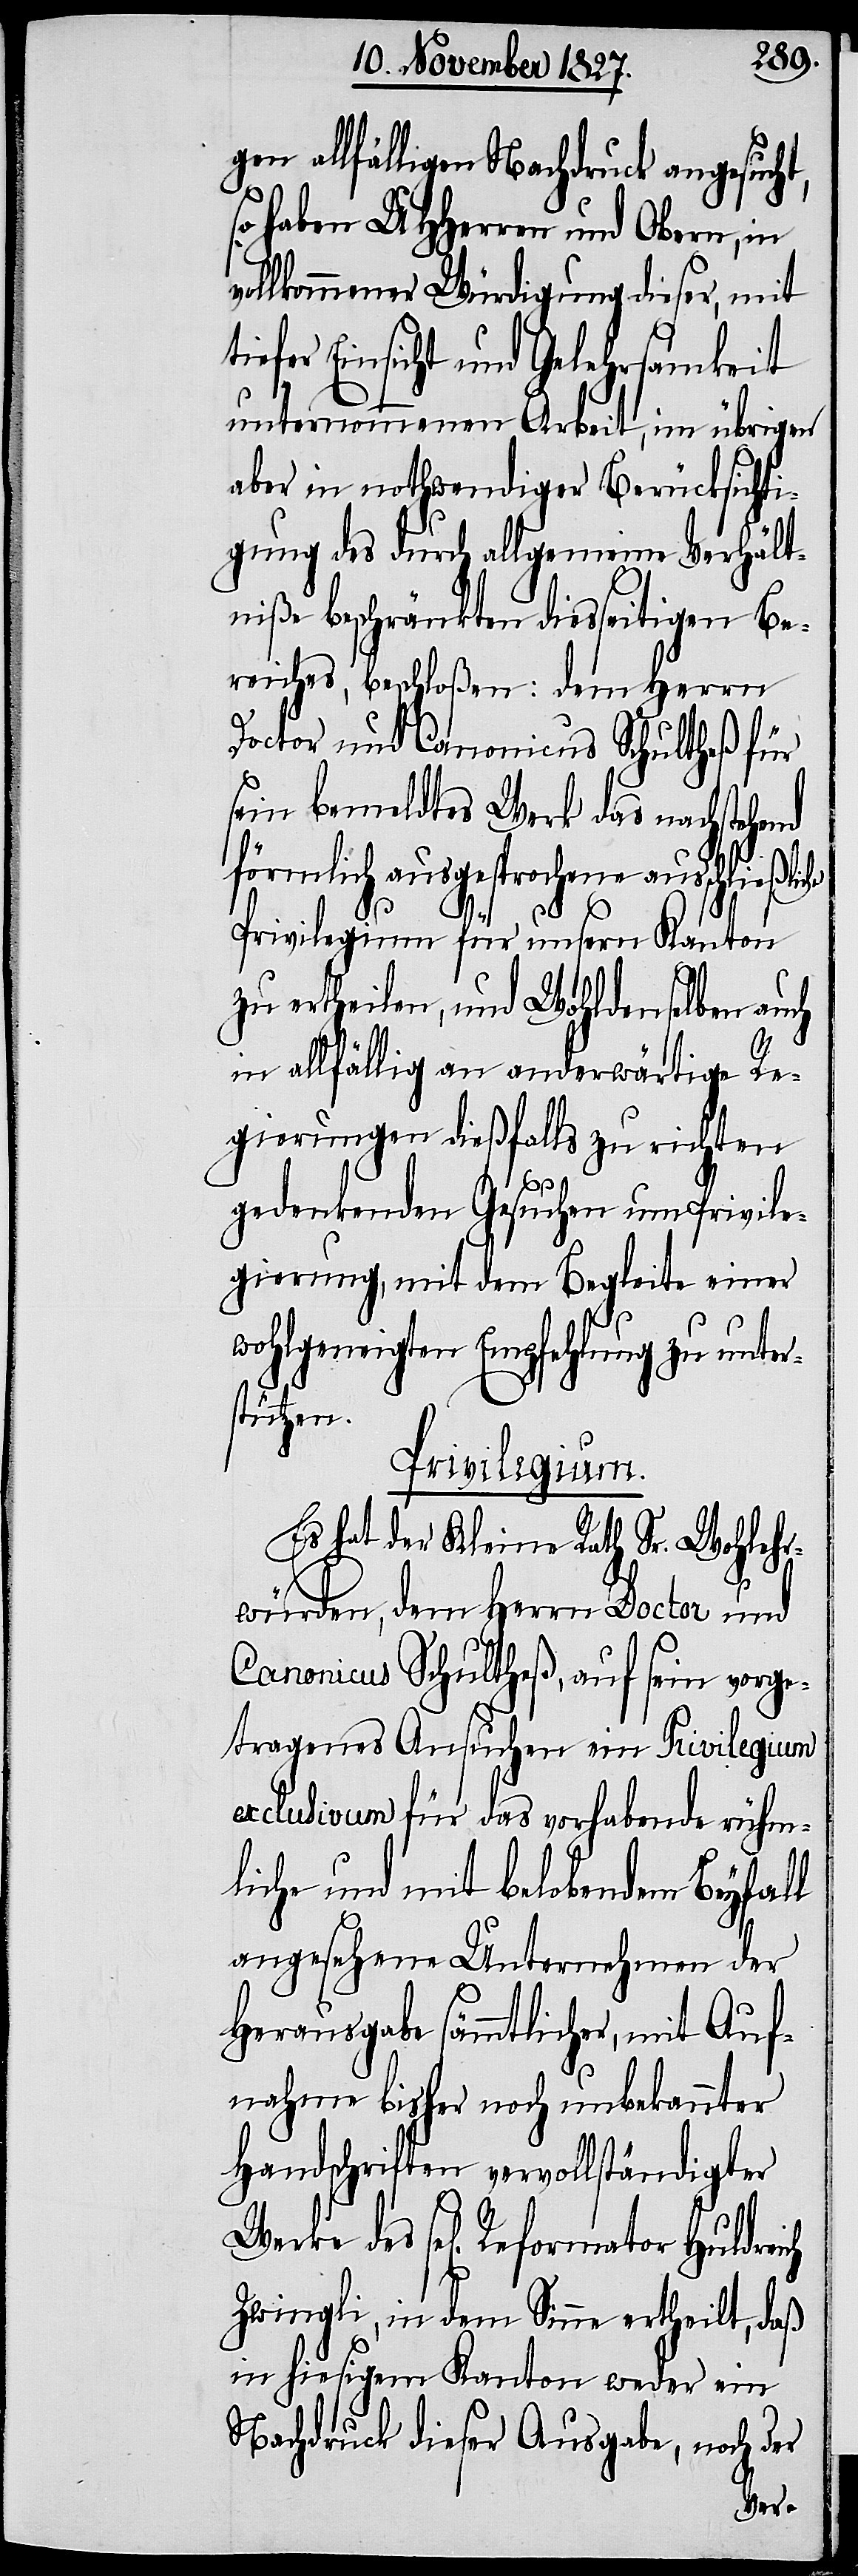
gen allfälligen Nachdruck angesucht,
so haben UHHerren und Obern, in
vollkommener Würdigung dieser, mit
iefer Einsicht und Gelehrsamkeit
unternommenen Arbeit, im übrigen
aber in nothwendiger Berücksichti¬
gung des durch allgemeine Verhält¬
niße beschränkten diesseitigen Be¬
reiches, beschloßen: dem Herrn
Doctor und Canonicus Schultheß für
sein bemeldtes Werk das nachstehend
förmlich ausgesprochene ausschließli¬
che
Privilegium für unsern Kanton
zu ertheilen, und Wohldenselben auch
in allfällig an anderwärtige Re¬
gierungen dießfalls zu richten
gedenkenden Gesuchen um Privile¬
gierung, mit dem Begleite einer
wohlgeneigten Empfehlung zu unter¬
stützen.
Privilegium.
Es hat der Kleine Rath Sr. Wohlehr¬
würden, dem Herrn Doctor und
Canonicus Schultheß, auf sein vorge¬
tragenes Ansuchen ein Privilegium
exclusivum für das vorhabende rühm¬
liche und mit belobendem Beyfall
angesehene Unternehmen der
Herausgabe sämmtlicher, mit Auf¬
nahme bisher noch unbekannter
Handschriften vervollständigter
des sel[igen] Reformator Huldreich
Zwingli, in dem Sinne ertheilt, daß
in hiesigem Kanton weder ein
Nachdruck dieser Ausgabe, noch der